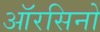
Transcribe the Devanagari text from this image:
ऑरसिनो